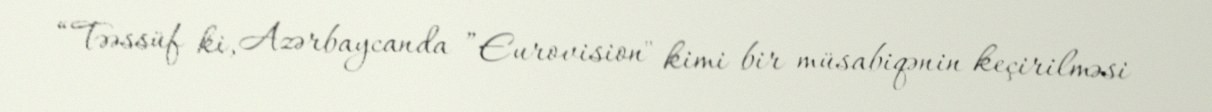
“Təəssüf ki, Azərbaycanda ”Eurovision" kimi bir müsabiqənin keçirilməsi